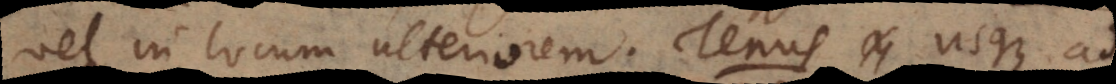
vel in locum ulteriorem. Tenus usque ad